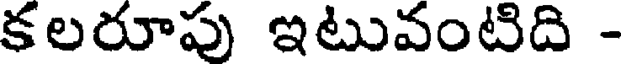
కలరూపు ఇటువంటిది -